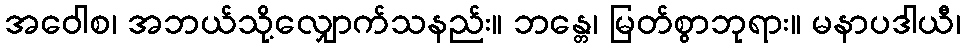
အဝေါစ၊ အဘယ်သို့လျှောက်သနည်း။ ဘန္တေ၊ မြတ်စွာဘုရား။ မနာပဒါယီ၊